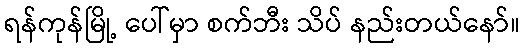
ရန်ကုန်မြို့ ပေါ်မှာ စက်ဘီး သိပ် နည်းတယ်နော်။